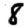
Digit: 8